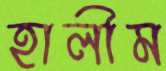
হালীম